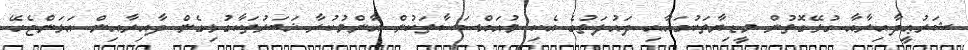
ޝަރުޢީދާއިރާއާ ގުޅޭގޮތުން މީޑިޔާތަކުގައާއި ދައުލަތުގެ އެކި މުއައްސަސާތަކުން އާންމުކުރާ ޚަބަރުތަކާގުޅިގެން ދާއިރާއިން އަޅަންޖެހޭ